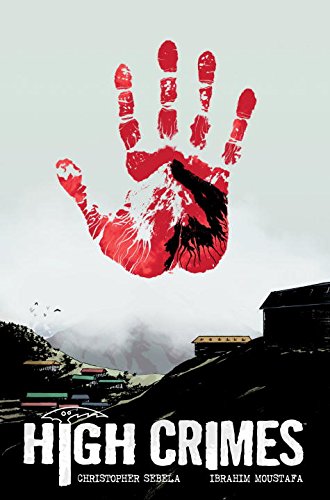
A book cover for High Crimes; Christopher Sebela; Sports & Outdoors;